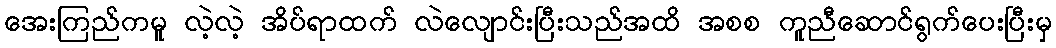
အေးကြည်ကမူ လဲ့လဲ့ အိပ်ရာထက် လဲလျောင်းပြီးသည်အထိ အစစ ကူညီဆောင်ရွက်ပေးပြီးမှ